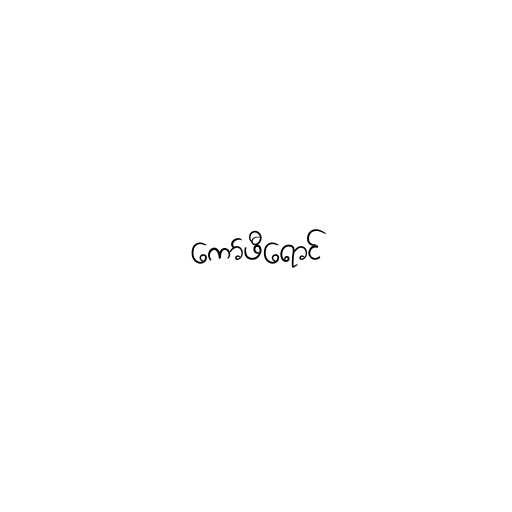
ကော်ဖီရောင်